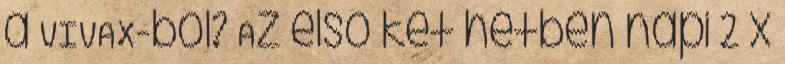
a VIVAX-ból? Az első két hétben napi 2 x